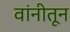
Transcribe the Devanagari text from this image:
वांनीतून